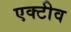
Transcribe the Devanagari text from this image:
एक्टीव